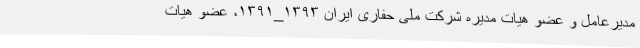
مدیرعامل و عضو هیات مدیره شرکت ملی حفاری ایران ۱۳۹۳_۱۳۹۱، عضو هیات